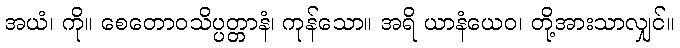
အယံ၊ ကို။ စေတောဝသိပ္ပတ္တာနံ၊ ကုန်သော။ အရိ ယာနံယေဝ၊ တို့အားသာလျှင်။